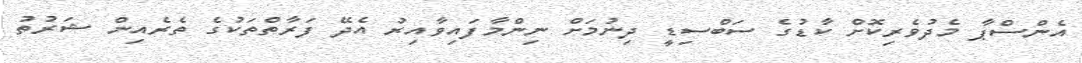
އެންސްޕާ މެދުވެރިކޮށް ކާޑުގެ ސަބްސިޑީ ދިނުމަށް ނިންމާފައިވާއިރު އެދޭ ފަރާތްތަކުގެ ތެރެއިން ޝަރުތު